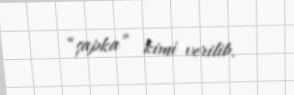
“şapka” kimi verilib.